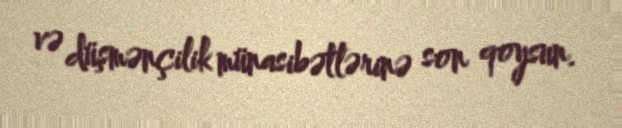
və düşmənçilik münasibətlərinə son qoysun.